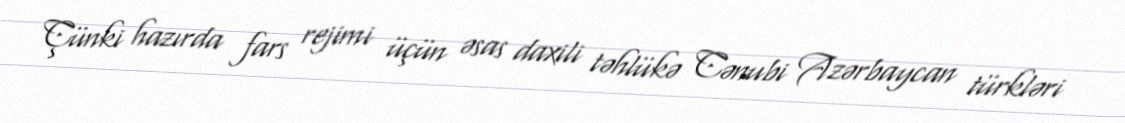
Çünki hazırda fars rejimi üçün əsas daxili təhlükə Cənubi Azərbaycan türkləri